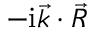
- \mathrm { i } \vec { k } \cdot \vec { R }